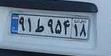
۹۱ط۹۵۴۱۸